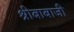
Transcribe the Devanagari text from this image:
श्रीबाबाजी